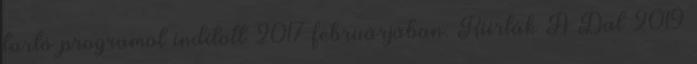
tartó programot indított 2017 februárjában. Kiírták A Dal 2019